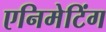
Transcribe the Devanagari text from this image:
एनिमेटिंग